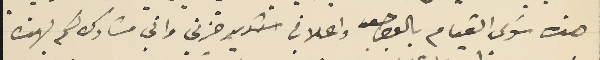
هذه سَوى القيام بالواجب واعلاني شديد حزني واني مشارك لكم بهذه